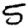
Digit: 5